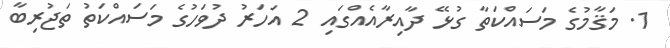
1. މަޤާމުގެ މަސައްކަތާ ގުޅޭ ދާއިރާއެއްގައި 2 އަހަރު ދުވަހުގެ މަސައްކަތު ތަޖުރިބާ